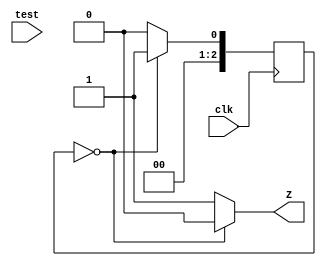

module counter_fsm #(
	parameter w=8
)
(
	input [w-1:0] test,
	input clk,
	output reg Z
);
	reg [2:0] pre_state,next_state;
	parameter s0=3'b000,s1=3'b001,s2=3'b010,s3=3'b011,s4=3'b100;
	always@(posedge clk)
		pre_state<=next_state;
	always@(pre_state)
		case(pre_state)
			s0:begin next_state=s1;Z=1'b0; end
			s0:begin next_state=s2;Z=1'b0; end
			s0:begin next_state=s3;Z=1'b0; end
			s0:begin next_state=s4;Z=1'b0; end
			s0:begin next_state=s0;Z=1'b1; end
			default:begin next_state=s0; Z=1'b1; end
		endcase
endmodule


module counter_fsm_behavoir (
	input clk,
	output reg Z
);
	reg [2:0] state;
	always @(posedge clk) begin
		if (state==3'b100) begin
			state=3'b000;
			Z=1'b1;
		end
		else begin
			state=state+1'b1;
			Z=1'b0;
		end
	end
endmodule


module signal_fsm
	#(parameter s0=3'b000,s1=3'b001,s2=3'b010,s3=3'b011,s4=3'b100,s5=3'b101)
(
	input clk,rst_n,
	output reg dout
);
	reg [2:0] pre_state,next_state;
	always@(pre_state)
		case(pre_state)
			s0:begin
				dout=1'b0;
				next_state=s1;
			end
			s1:begin
				dout=1'b0;
				next_state=s2;
			end
			s2:begin
				dout=1'b1;
				next_state=s3;
			end
			s3:begin
				dout=1'b0;
				next_state=s4;
			end
			s4:begin
				dout=1'b1;
				next_state=s5;
			end
			s5:begin
				dout=1'b1;
				next_state=s0;
			end
			default next_state=s0;
		endcase
endmodule


module signal_generator
(
	input clk,rst_n,
	input [5:0] din,
	output reg dout
);
	reg [5:0] temp;
	always@(posedge clk) begin
		if (rst_n==1'b1) begin
			temp<=din;
		end
		else begin
			dout<=temp[5];
			temp<={temp[4:0],temp[5]};
		end
	end
endmodule

module detector_Moore
#(parameter s0=3'b000,s1=3'b001,s2=3'b010,s3=3'b011,s4=3'b100)
(
	input clk,rst_n,din,
	output reg dout
);
	reg [2:0] pre_state,next_state;
	always @(posedge clk or negedge rst_n) begin
		if (rst_n==1'b0) pre_state<=s0;
		else pre_state<=next_state;
	end
	always@(pre_state,din) begin
		next_state=2'bxx;
		dout=1'b0;
		case(pre_state)
			s0:begin
				dout=1'b0;
				if (din==1'b1) next_state=s0;
				else next_state=s1;
			end
			s1:begin
				dout=1'b0;
				if (din==1'b1) next_state=s2;
				else next_state=s1;
			end
			s2:begin
				dout=1'b0;
				if (din==1'b1) next_state=s0;
				else next_state=s3;
			end
			s3:begin
				dout=1'b0;
				if (din==1'b1) next_state=s4;
				else next_state=s1;
			end
			s4:begin
				dout=1'b1;
				if (din==1'b1) next_state=s0;
				else next_state=s3;
			end
		endcase
	end

endmodule


module air_condition
#(parameter too_high=2'b00,too_low=2'b01,well_situated=2'b10)
(
	input rst_n,clk,high,low,
	output reg cold,heat
);
	reg [1:0] pre_state,next_state;
	always@(posedge clk, posedge rst_n) begin
		if(rst_n==1'b1) pre_state<=well_situated;
		else pre_state<=next_state;
	end
	always@(pre_state,high,low) begin
		next_state=2'bxx;
		cold=1'b0;
		heat=1'b0;
		case(pre_state)
			well_situated:begin
				cold=1'b0;
				heat=1'b0;
				if (high==1'b1) begin
					next_state=too_high;
					cold=1'b1;
					heat=1'b0;
				end
				if (low==1'b1) begin
					next_state=too_low;
					cold=1'b0;
					heat=1'b1;
				end
			end
			too_high:begin
				cold=1'b1;
				heat=1'b0;
				if (high==1'b1) begin
					next_state=too_high;
					cold=1'b1;
					heat=1'b0;
				end
				else begin
					next_state=well_situated;
					cold=1'b0;
					heat=1'b0;
				end
			end
			default:next_state=well_situated;
		endcase
	end


endmodule